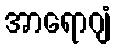
အာရောဂျံ